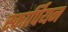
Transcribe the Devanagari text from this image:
स्कार्पियन